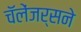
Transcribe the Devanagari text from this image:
चॅलेंजर्सने